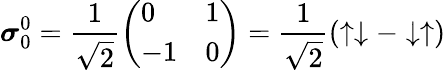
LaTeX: {\boldsymbol{\sigma}}_{0}^{0}={\frac{1}{\sqrt{2}}}{\left(\begin{array}{ll}{0}&{1}\\ {-1}&{0}\end{array}\right)}={\frac{1}{\sqrt{2}}}(\uparrow\downarrow-\downarrow\uparrow)